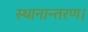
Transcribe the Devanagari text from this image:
स्थानान्तरण।